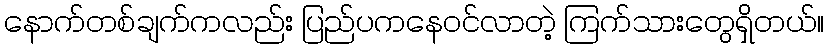
နောက်တစ်ချက်ကလည်း ပြည်ပကနေဝင်လာတဲ့ ကြက်သားတွေရှိတယ်။